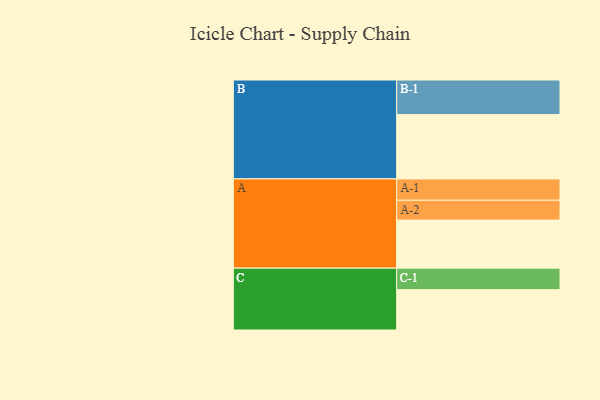
{"axis": {"x": "Segment", "y": "Value"}, "legend": ["", "A", "B", "C"], "data": [{"x": "A", "y": 397, "type": ""}, {"x": "B", "y": 531, "type": ""}, {"x": "C", "y": 333, "type": ""}, {"x": "A-1", "y": 176, "type": "A"}, {"x": "A-2", "y": 164, "type": "A"}, {"x": "B-1", "y": 286, "type": "B"}, {"x": "C-1", "y": 178, "type": "C"}]}